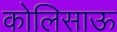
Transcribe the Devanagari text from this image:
कोलिसाऊ